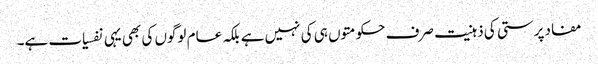
مفادپرستی کی ذہنیت صرف حکومتوں ہی کی نہیں ہے بلکہ عام لوگوں کی بھی یہی نفسیات ہے۔